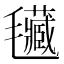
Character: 𣰾